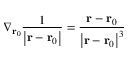
\nabla _ { \mathbf { r } _ { 0 } } { \frac { 1 } { \left| \mathbf { r } - \mathbf { r } _ { 0 } \right| } } = { \frac { \mathbf { r } - \mathbf { r } _ { 0 } } { \left| \mathbf { r } - \mathbf { r } _ { 0 } \right| ^ { 3 } } }